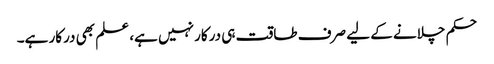
حکم چلانے کے لیے صرف طاقت ہی درکار نہیں ہے، علم بھی درکار ہے۔